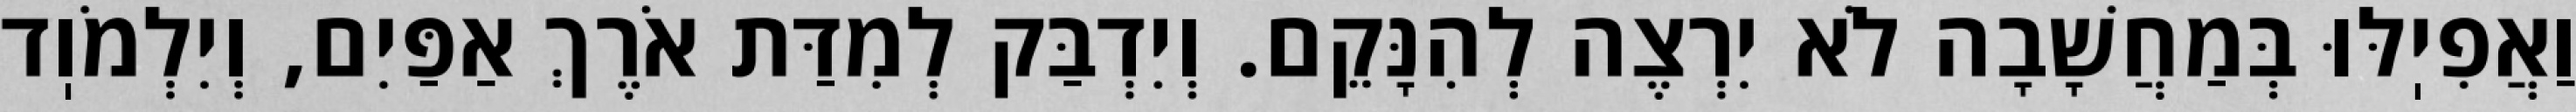
וַאֲפִיֽלּוּ בְּמַחֲשָׁבָה לֹא יִרְצֶה לְהִנָּקֵם. וְיִדְבַּק לְמִדַּת אֹרֶךְ אַפַּיִם, וְיִלְמֹוֽד